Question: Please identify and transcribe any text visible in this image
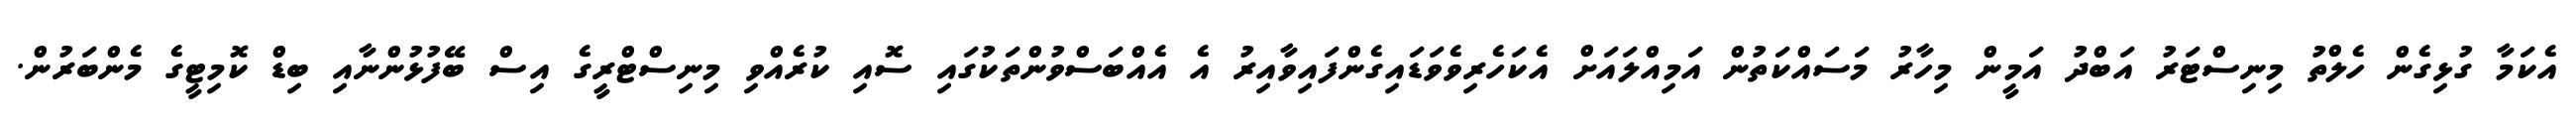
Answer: އެކަމާ ގުޅިގެން ހެލްތު މިނިސްޓަރު އަބްދު އަމީން މިހާރު މަސައްކަތުން އަމިއްލައަށް އެކަހެރިވެވަޑައިގެންފައިވާއިރު އެ އެއްބަސްވުންތަކުގައި ސޮއި ކުރެއްވި މިނިސްޓްރީގެ އިސް ބޭފުޅުންނާއި ބިޑް ކޮމިޓީގެ މެންބަރުން.